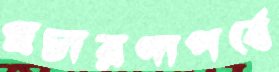
প্রচারণাপর্বে